Insane asylums in Bengal annual reports 1867-1875 - 1867-1875
Year: 1867
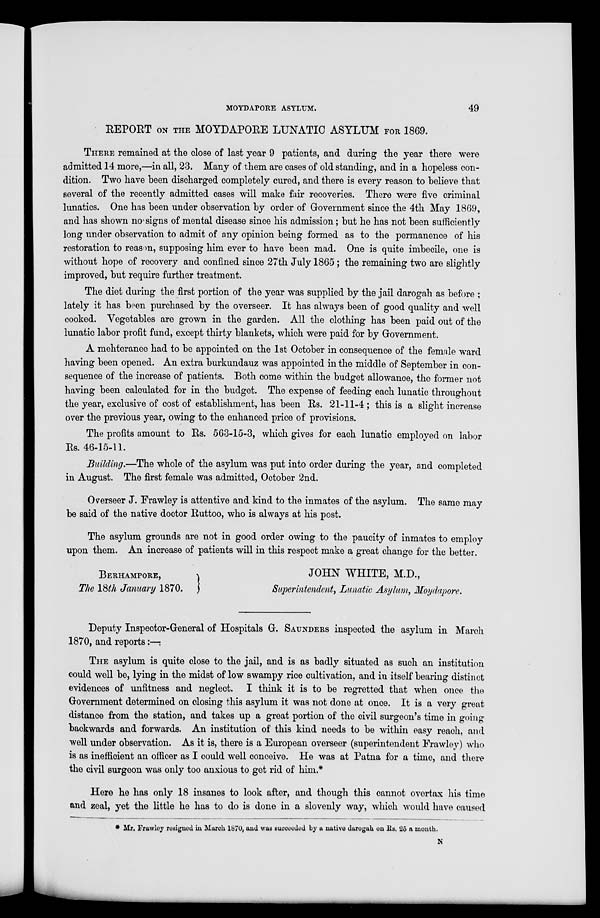
MOYDAPORE ASYLUM.
49
REPORT ON THE MOYDAPORE LUNATIC ASYLUM FOR 1869.
THERE remained at the close of last year 9 patients, and during the year there were
admitted 14 more,—in all, 23. Many of them are cases of old standing, and in a hopeless con-
dition. Two have been discharged completely cured, and there is every reason to believe that
several of the recently admitted cases will make fair recoveries. There were five criminal
lunatics. One has been under observation by order of Government since the 4th May 1869,
and has shown no signs of mental disease since his admission; but he has not been sufficiently
long under observation to admit of any opinion being formed as to the permanence of his
restoration to reason, supposing him ever to have been mad. One is quite imbecile, one is
without hope of recovery and confined since 27th July 1865 ; the remaining two are slightly
improved, but require further treatment.
The diet during the first portion of the year was supplied by the jail darogah as before ;
lately it has been purchased by the overseer. It has always been of good quality and well
cooked. Vegetables are grown in the garden. All the clothing has been paid out of the
lunatic labor profit fund, except thirty blankets, which were paid for by Government.
A mehteranee had to be appointed on the 1st October in consequence of the female ward
having been opened. An extra burkundauz was appointed in the middle of September in con-
sequence of the increase of patients. Both come within the budget allowance, the former not
having been calculated for in the budget. The expense of feeding each lunatic throughout
the year, exclusive of cost of establishment, has been Rs. 21-11-4 ; this is a slight increase
over the previous year, owing to the enhanced price of provisions.
The profits amount to Rs. 563-15-3, which gives for each lunatic employed on labor
Rs. 46-15-11.
Building.—The whole of the asylum was put into order during the year, and completed
in August. The first female was admitted, October 2nd.
Overseer J. Frawley is attentive and kind to the inmates of the asylum. The same may
be said of the native doctor Ruttoo, who is always at his post.
The asylum grounds are not in good order owing to the paucity of inmates to employ
upon them. An increase of patients will in this respect make a great change for the better.
BERHAMPORE,
The 18th January 1870.
JOHN WHITE, M.D.,
Superintendent, Lunatic Asylum, Moydapore.
Deputy Inspector-General of Hospitals G. Saunders inspected the asylum in March
1870, and reports:—
THE asylum is quite close to the jail, and is as badly situated as such an institution
could well be, lying in the midst of low swampy rice cultivation, and in itself bearing distinct
evidences of unfitness and neglect. I think it is to be regretted that when once the
Government determined on closing this asylum it was not done at once. It is a very great
distance from the station, and takes up a great portion of the civil surgeon's time in going
backwards and forwards. An institution of this kind needs to be within easy reach, and
well under observation. As it is, there is a European overseer (superintendent Frawley) who
is as inefficient an officer as I could well conceive. He was at Patna for a time, and there
the civil surgeon was only too anxious to get rid of him.*
Here he has only 18 insanes to look after, and though this cannot overtax his time
and zeal, yet the little he has to do is done in a slovenly way, which would have caused
* Mr. Frawley resigned in March 1870, and was succeeded by a native darogah on Rs. 25 a month.
N